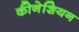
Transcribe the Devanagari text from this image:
कीनेशियन